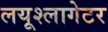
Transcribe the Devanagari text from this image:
लयूश्लागेटर